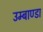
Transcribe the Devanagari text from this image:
उम्बाण्डा